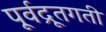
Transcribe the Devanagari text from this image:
पूर्वद्रूतगती